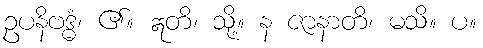
ဥပနိဗဒ္ဓံ၊ ၏။ ဣတိ၊ သို့။ န ဇာနာတိ၊ မသိ။ ပ။